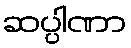
ဆပ္ပါဏာ